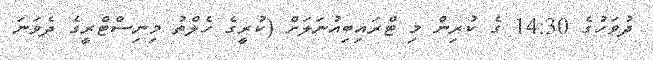
ދުވަހުގެ 14:30 ގެ ކުރިން މި ޓްރައިބިއުނަލަށް (ކުރީގެ ހެލްތު މިނިސްޓްރީގެ ދެވަނަ